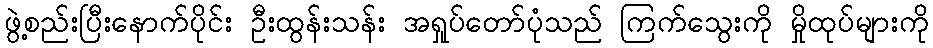
ဖွဲ့စည်းပြီးနောက်ပိုင်း ဦးထွန်းသန်း အရှုပ်တော်ပုံသည် ကြက်သွေးကို မှိုထုပ်များကို